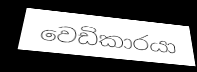
වෙඩිකාරයා